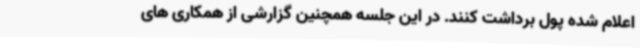
اعلام شده پول برداشت کنند. در این جلسه همچنین گزارشی از همکاری های